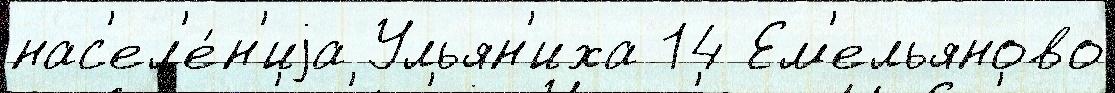
нас'ел'е́н'иjа Ульян'иха 14 Ем'ельяново